Mental hospitals Bombay report 1921-28 - 1921-1928
Year: 1921
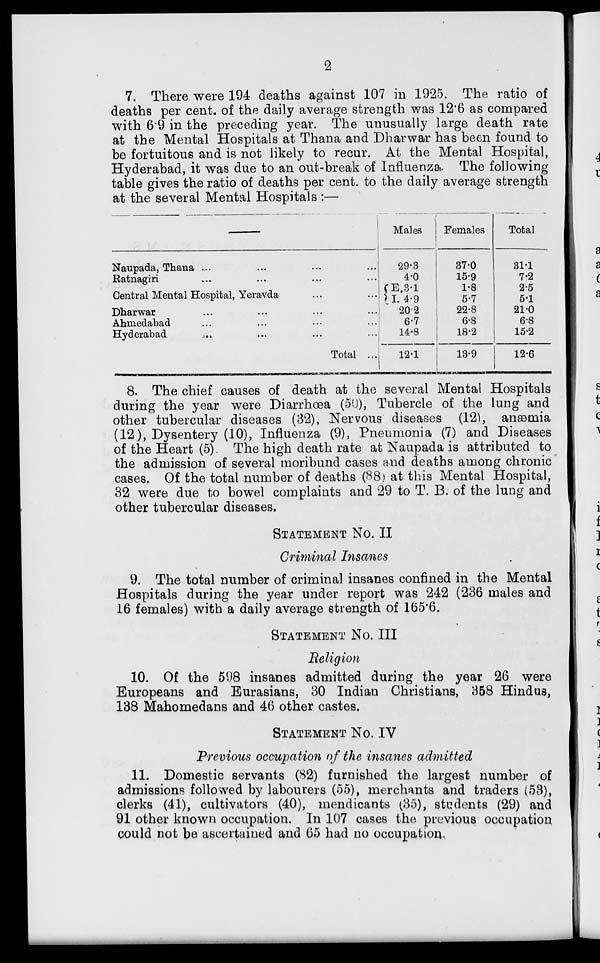
2
7. There were 194 deaths against 107 in 1925. The ratio of
deaths per cent. of the daily average strength was 12.6 as compared
with 6.9 in the preceding year. The unusually large death rate
at the Mental Hospitals at Thana and Dharwar has been found to
be fortuitous and is not likely to recur. At the Mental Hospital,
Hyderabad, it was due to an out-break of Influenza. The following
table gives the ratio of deaths per cent. to the daily average strength
at the several Mental Hospitals :—
Naupada, Thana ... ... ...
Ratnagiri ... ... ...
Central Mental Hospital, Yeravda ... ...
Dharwar ... ... ... ...
Ahmedabad ... ... ... ...
Hyderabad ... ... ... ...
Total ...
Males
29.3
4.0
E. 3.1
I. 4.9
20.2
6.7
14.8
12.1
Females
37.0
15.9
1.8
5.7
22.8
6.8
18.2
13.9
Total
31.1
7.2
2.5
5.1
21.0
6.8
15.2
12.6
8. The chief causes of death at the several Mental Hospitals
during the year were Diarrhoea (50), Tubercle of the lung and
other tubercular diseases (32), Nervous diseases (12), anæmia
(12), Dysentery (10), Influenza (9), Pneumonia (7) and Diseases
of the Heart (5). The high death rate at Naupada is attributed to
the admission of several moribund cases and deaths among chronic
cases. Of the total number of deaths (88) at this Mental Hospital,
32 were due to bowel complaints and 29 to T. B. of the lung and
other tubercular diseases.
STATEMENT No. II
Criminal Insanes
9. The total number of criminal insanes confined in the Mental
Hospitals during the year under report was 242 (236 males and
16 females) with a daily average strength of 165.6.
STATEMENT No. III
Religion
10. Of the 598 insanes admitted during the year 26 were
Europeans and Eurasians, 30 Indian Christians, 358 Hindus,
138 Mahomedans and 46 other castes.
STATEMENT No. IV
Previous occupation of the insanes admitted
11. Domestic servants (82) furnished the largest number of
admissions followed by labourers (55), merchants and traders (53),
clerks (41), cultivators (40), mendicants (35), students (29) and
91 other known occupation. In 107 cases the previous occupation
could not be ascertained and 65 had no occupation